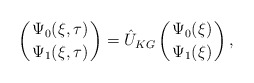
\begin{align*}\left({\Psi_{0}(\xi, \tau) \atop \Psi_{1}(\xi, \tau)}\right) = \hat{U}_{KG}\left({\Psi_{0}(\xi) \atop \Psi_{1}(\xi)}\right),\end{align*}